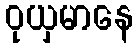
ဝုယှမာနေ